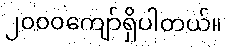
၂၀၀၀ကျော်ရှိပါတယ်။